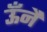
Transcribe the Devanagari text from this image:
ऊँनै